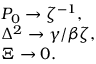
\begin{array} { l } { P _ { 0 } \to \zeta ^ { - 1 } , } \\ { \Delta ^ { 2 } \to \gamma / \beta \zeta , } \\ { \Xi \to 0 . } \end{array}